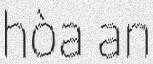
hòa an